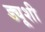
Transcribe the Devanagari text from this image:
ड्यूशी